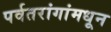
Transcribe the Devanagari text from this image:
पर्वतरांगांमधून